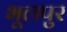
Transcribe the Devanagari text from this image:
भूलपुर